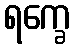
ရက္ခေ